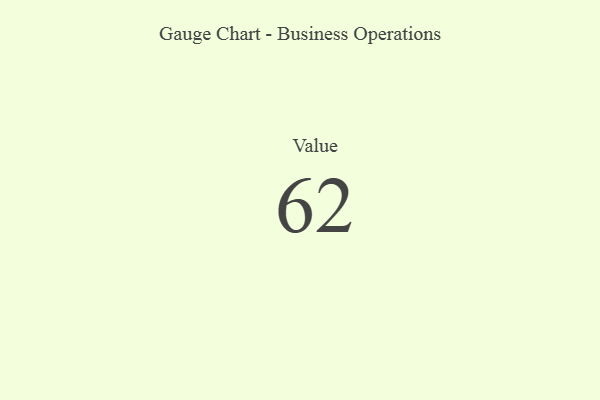
{"axis": {"x": "Metric", "y": "Value"}, "legend": [""], "data": [{"x": "Value", "y": 62, "type": ""}]}